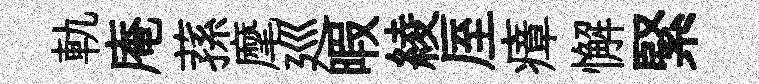
軌庵蓀麾廵暇綾厔瘴懈緊